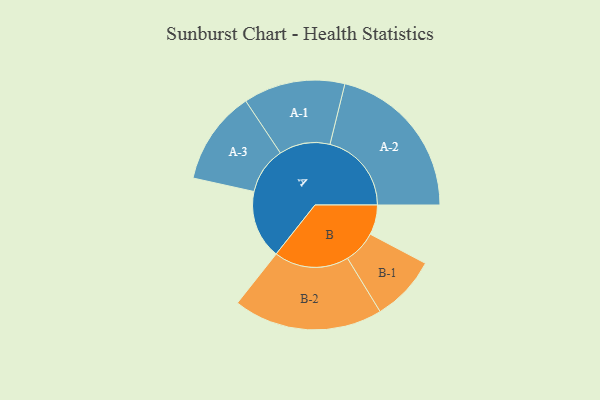
{"axis": {"x": "Segment", "y": "Value"}, "legend": ["", "A", "B"], "data": [{"x": "A", "y": 244, "type": ""}, {"x": "B", "y": 106, "type": ""}, {"x": "A-1", "y": 181, "type": "A"}, {"x": "A-2", "y": 290, "type": "A"}, {"x": "A-3", "y": 167, "type": "A"}, {"x": "B-1", "y": 117, "type": "B"}, {"x": "B-2", "y": 266, "type": "B"}]}